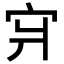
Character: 𪧇